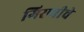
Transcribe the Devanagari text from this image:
गिरणीचे